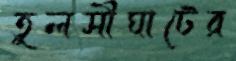
তুলসীঘাটের